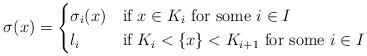
LaTeX: \begin{align*}\sigma(x)=\begin{cases}\sigma_i(x)&\mbox{if }x\in K_i\mbox{ for some }i\in I\\l_i& \mbox{if }K_i<\{x\}< K_{i+1}\mbox{ for some }i\in I\end{cases}\end{align*}